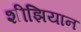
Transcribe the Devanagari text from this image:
शीझियान